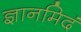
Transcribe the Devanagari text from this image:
ज्ञानमिदं